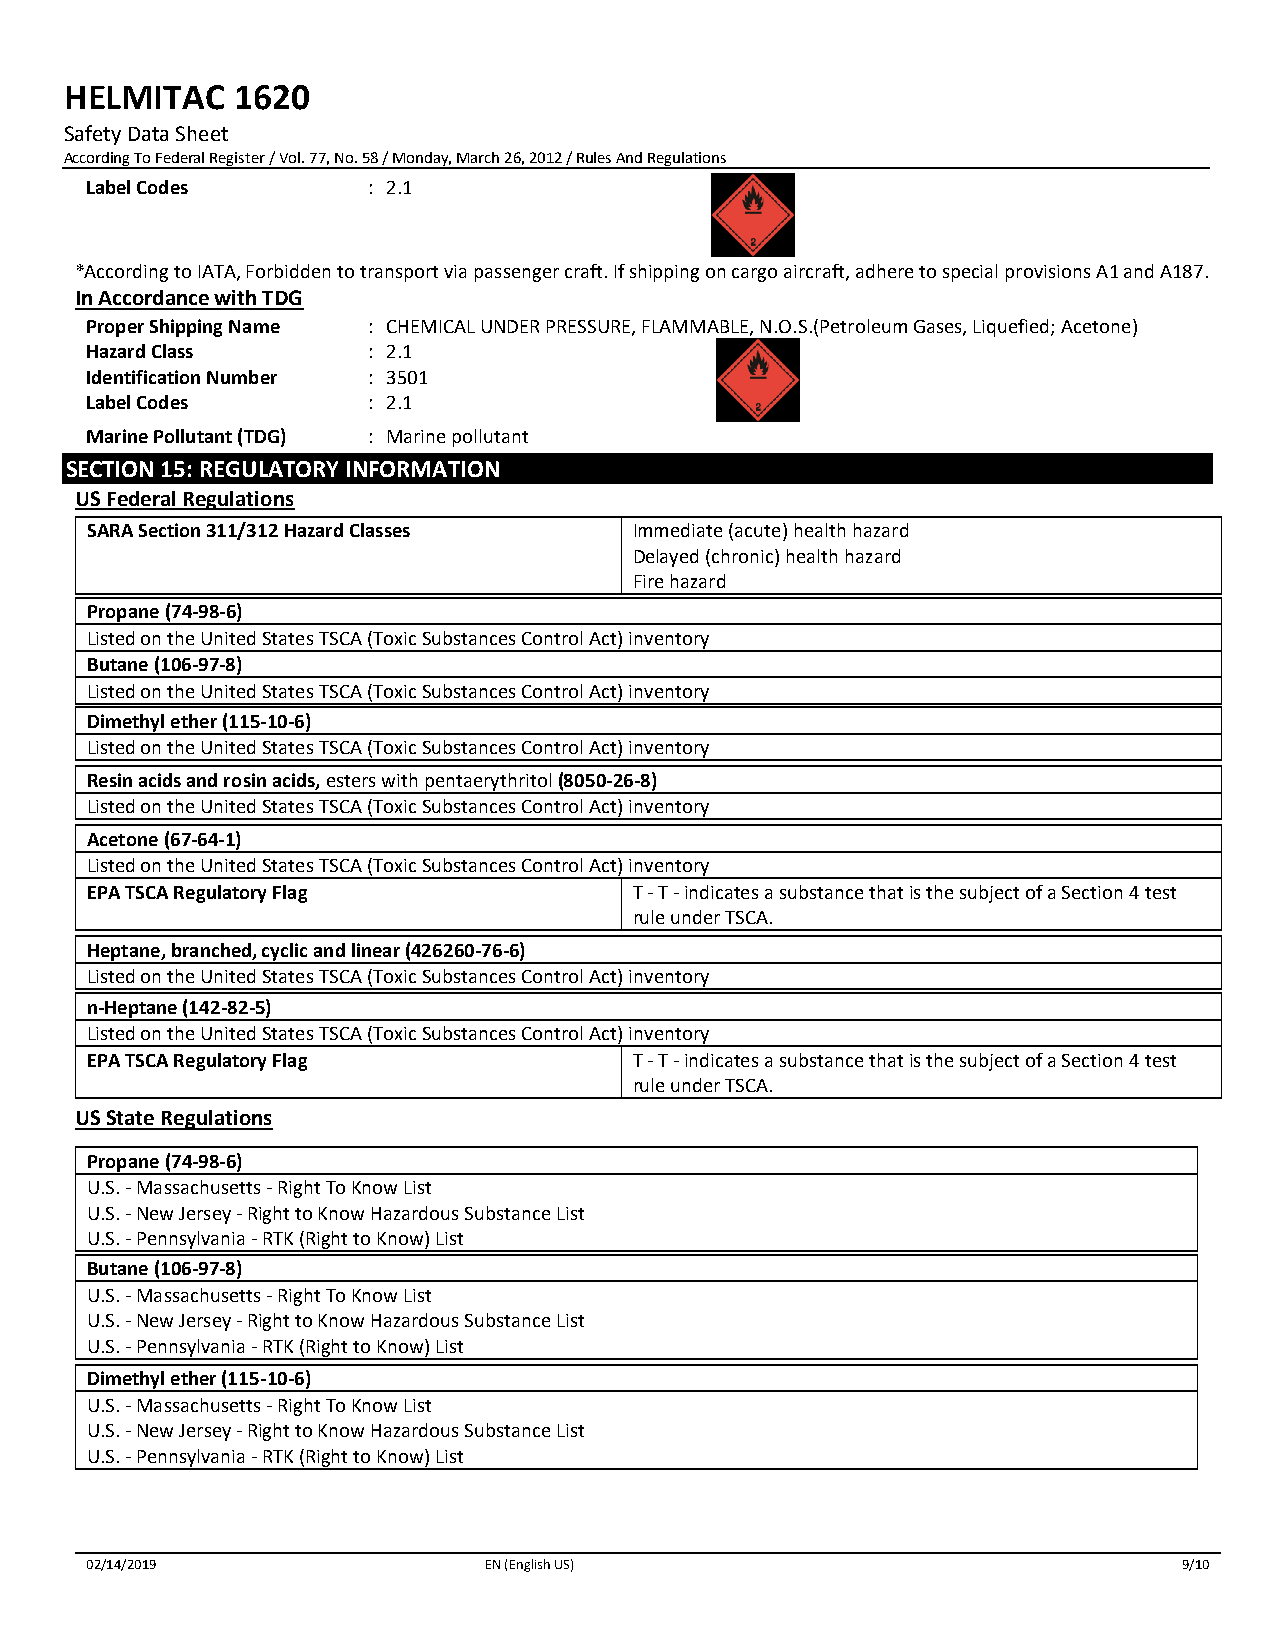
HELMITAC   1620
 Safety Data Sheet
 According To Federal Register / Vol. 77, No. 58 / Monday, March 26, 2012 / Rules And Regulations
 Label Codes       : 2.1
 *According to IATA, Forbidden to transport via passenger craft. If shipping on cargo aircraft, adhere to special provisions A1 and A187.
 In Accordance with TDG
 Proper Shipping Name : CHEMICAL UNDER PRESSURE, FLAMMABLE, N.O.S.(Petroleum Gases, Liquefied; Acetone)
 Hazard Class      : 2.1
 Identification Number : 3501
 Label Codes       : 2.1
 Marine Pollutant (TDG) : Marine pollutant
 SECTION 15: REGULATORY INFORMATION
 US Federal Regulations
 SARA Section 311/312 Hazard Classes Immediate (acute) health hazard
 Delayed (chronic) health hazard
 Fire hazard
 Propane (74-98-6)
 Listed on the United States TSCA (Toxic Substances Control Act) inventory
 Butane (106-97-8)
 Listed on the United States TSCA (Toxic Substances Control Act) inventory
 Dimethyl ether (115-10-6)
 Listed on the United States TSCA (Toxic Substances Control Act) inventory
 Resin acids and rosin acids, esters with pentaerythritol (8050-26-8)
 Listed on the United States TSCA (Toxic Substances Control Act) inventory
 Acetone (67-64-1)
 Listed on the United States TSCA (Toxic Substances Control Act) inventory
 EPA TSCA Regulatory Flag            T - T - indicates a substance that is the subject of a Section 4 test
 rule under TSCA.
 Heptane, branched, cyclic and linear (426260-76-6)
 Listed on the United States TSCA (Toxic Substances Control Act) inventory
 n-Heptane (142-82-5)
 Listed on the United States TSCA (Toxic Substances Control Act) inventory
 EPA TSCA Regulatory Flag            T - T - indicates a substance that is the subject of a Section 4 test
 rule under TSCA.
 US State Regulations
 Propane (74-98-6)
 U.S. - Massachusetts - Right To Know List
 U.S. - New Jersey - Right to Know Hazardous Substance List
 U.S. - Pennsylvania - RTK (Right to Know) List
 Butane (106-97-8)
 U.S. - Massachusetts - Right To Know List
 U.S. - New Jersey - Right to Know Hazardous Substance List
 U.S. - Pennsylvania - RTK (Right to Know) List
 Dimethyl ether (115-10-6)
 U.S. - Massachusetts - Right To Know List
 U.S. - New Jersey - Right to Know Hazardous Substance List
 U.S. - Pennsylvania - RTK (Right to Know) List
 02/14/2019                EN (English US)                               9/10